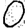
Digit: 0